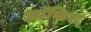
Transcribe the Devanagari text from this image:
आॅफिस